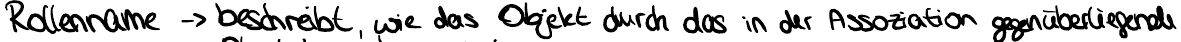
Rollenname -> beschreibt, wie das Objekt durch das in der Assoziation gegenüberliegende